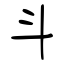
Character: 斗